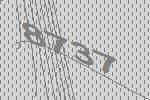
8737